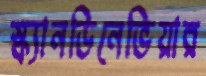
স্ক্যানডিনেভিয়ার